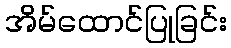
အိမ်ထောင်ပြုခြင်း